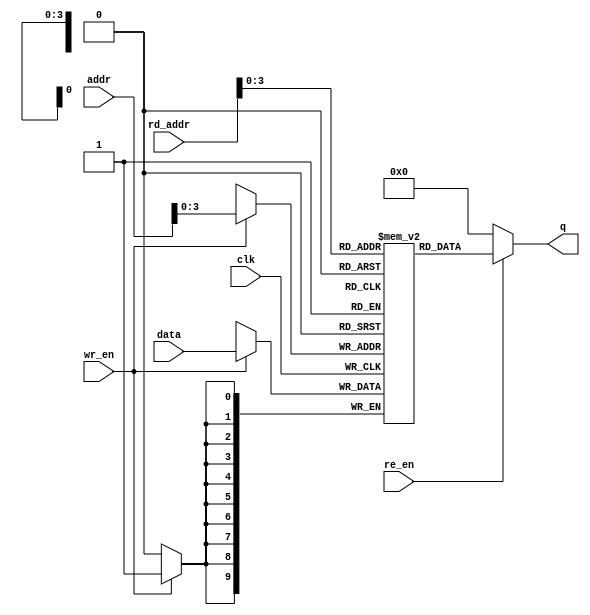
/******************************************************************************
@ddblock_begin copyright

Copyright (c) 1999-2013
Maryland DSPCAD Research Group, The University of Maryland at College Park 

Permission is hereby granted, without written agreement and without
license or royalty fees, to use, copy, modify, and distribute this
software and its documentation for any purpose, provided that the above
copyright notice and the following two paragraphs appear in all copies
of this software.

IN NO EVENT SHALL THE UNIVERSITY OF MARYLAND BE LIABLE TO ANY PARTY
FOR DIRECT, INDIRECT, SPECIAL, INCIDENTAL, OR CONSEQUENTIAL DAMAGES
ARISING OUT OF THE USE OF THIS SOFTWARE AND ITS DOCUMENTATION, EVEN IF
THE UNIVERSITY OF MARYLAND HAS BEEN ADVISED OF THE POSSIBILITY OF
SUCH DAMAGE.

THE UNIVERSITY OF MARYLAND SPECIFICALLY DISCLAIMS ANY WARRANTIES,
INCLUDING, BUT NOT LIMITED TO, THE IMPLIED WARRANTIES OF
MERCHANTABILITY AND FITNESS FOR A PARTICULAR PURPOSE. THE SOFTWARE
PROVIDED HEREUNDER IS ON AN "AS IS" BASIS, AND THE UNIVERSITY OF
MARYLAND HAS NO OBLIGATION TO PROVIDE MAINTENANCE, SUPPORT, UPDATES,
ENHANCEMENTS, OR MODIFICATIONS.

@ddblock_end copyright
******************************************************************************/

/*******************************************************************************
This is a single port RAM (random access memory) module.

--- INPUTS: ---

data:  data to be written into the RAM

addr:  RAM address for writing data

rd_addr: RAM address for reading data

wr_en: enable signal for activating write operation (active high)

rd_en: enable signal for activating reading operation (active high)

clk: clock

--- OUTPUT: ---

q: data that is read out of the RAM

--- PARAMETERS: ---    

size: the number of tokens (integers) in each input vector. So, if size =
N, then this actor performs an N x N inner product.  

width: the bit width for the integer data type used in the inner product 
operations
*******************************************************************************/

`timescale 1ns/1ps
module single_port_ram
        #(parameter width = 10)(  
        input [width - 1 : 0] data,
        input [width - 1 : 0] addr,
        input [width - 1 : 0] rd_addr,
        input wr_en, re_en, clk,
        output [width - 1 : 0] q);

    /* Declare the RAM variable */
    reg [width - 1 : 0] ram[width - 1 : 0];
	
    /* Variable to hold the registered read address */
    reg [width - 1 : 0] addr_reg;
	
    integer i;
	
    always @ (posedge clk)
    begin
        /* Write */
        if (wr_en)
            ram[addr] <= data;
    end
		
		/* Read */
    assign q = (re_en) ? ram[rd_addr] : 0;
 
    function integer log2;
    input [31 : 0] value;
    begin
        value = value - 1;
        for (log2 = 0; value > 0; log2 = log2 + 1) begin
            value = value >> 1;
        end
    end
    endfunction 
	
endmodule